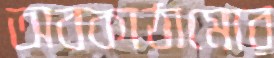
অবকাঠামোর